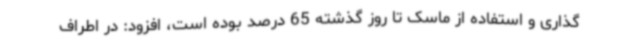
گذاری و استفاده از ماسک تا روز گذشته 65 درصد بوده است، افزود: در اطراف